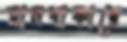
মানবাকারে